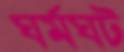
ঘর্মঘট